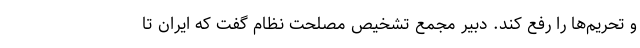
و تحریم‌ها را رفع کند. دبیر مجمع تشخیص مصلحت نظام گفت که ایران تا